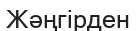
Жәңгірден